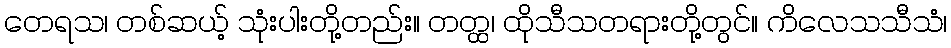
တေရသ၊ တစ်ဆယ့် သုံးပါးတို့တည်း။ တတ္ထ၊ ထိုသီသတရားတို့တွင်။ ကိလေသသီသံ၊